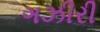
ગઝીરી